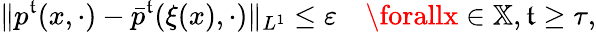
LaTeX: \| p^{\mathfrak{t}}(x,\cdot)-\bar{{p}}^{\mathfrak{t}}(\xi(x),\cdot)\| _{L^{1}}\leq\varepsilon\quad\forallx\in\mathbb{{X}},\mathfrak{t}\geq\tau,